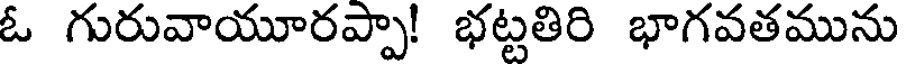
ఓ గురువాయూరప్పా! భట్టతిరి భాగవతమును